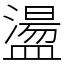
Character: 盪